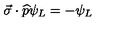
\vec { \sigma } \cdot \widehat { p } \psi _ { L } = - \psi _ { L }